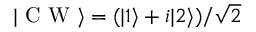
\vert \mathrm { ~ C ~ W ~ } \rangle = ( \vert 1 \rangle + i \vert 2 \rangle ) / \sqrt { 2 }